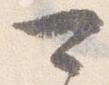
可